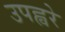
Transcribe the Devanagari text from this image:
उपह्वरे